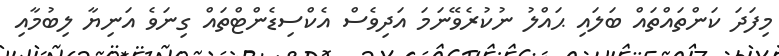
މިފަދަ ކަންތައްތައް ބަލައި ޙައްލު ނުކުރެވޭނަމަ އަދިވެސް އެކްސިޑެންޓްތައް ގިނަވެ އަނިޔާ ލިބުމާއި